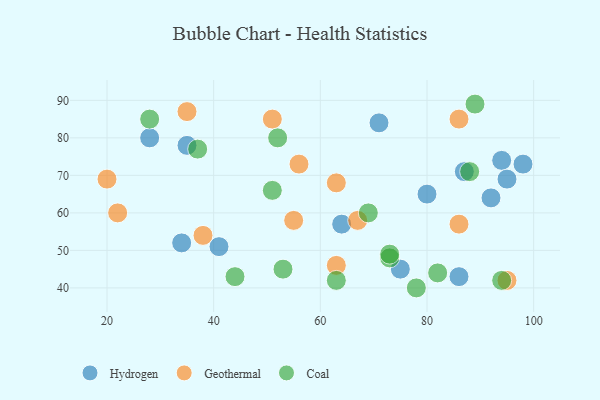
{"axis": {"x": "GDP", "y": "Life Expectancy"}, "legend": ["Coal", "Geothermal", "Hydrogen"], "data": [{"x": "71", "y": 84, "type": "Hydrogen"}, {"x": "98", "y": 73, "type": "Hydrogen"}, {"x": "64", "y": 57, "type": "Hydrogen"}, {"x": "86", "y": 43, "type": "Hydrogen"}, {"x": "94", "y": 74, "type": "Hydrogen"}, {"x": "75", "y": 45, "type": "Hydrogen"}, {"x": "35", "y": 78, "type": "Hydrogen"}, {"x": "34", "y": 52, "type": "Hydrogen"}, {"x": "87", "y": 71, "type": "Hydrogen"}, {"x": "95", "y": 69, "type": "Hydrogen"}, {"x": "28", "y": 80, "type": "Hydrogen"}, {"x": "41", "y": 51, "type": "Hydrogen"}, {"x": "92", "y": 64, "type": "Hydrogen"}, {"x": "80", "y": 65, "type": "Hydrogen"}, {"x": "22", "y": 60, "type": "Geothermal"}, {"x": "35", "y": 87, "type": "Geothermal"}, {"x": "63", "y": 46, "type": "Geothermal"}, {"x": "55", "y": 58, "type": "Geothermal"}, {"x": "63", "y": 68, "type": "Geothermal"}, {"x": "67", "y": 58, "type": "Geothermal"}, {"x": "86", "y": 57, "type": "Geothermal"}, {"x": "38", "y": 54, "type": "Geothermal"}, {"x": "56", "y": 73, "type": "Geothermal"}, {"x": "86", "y": 85, "type": "Geothermal"}, {"x": "51", "y": 85, "type": "Geothermal"}, {"x": "95", "y": 42, "type": "Geothermal"}, {"x": "20", "y": 69, "type": "Geothermal"}, {"x": "73", "y": 48, "type": "Coal"}, {"x": "94", "y": 42, "type": "Coal"}, {"x": "78", "y": 40, "type": "Coal"}, {"x": "73", "y": 49, "type": "Coal"}, {"x": "63", "y": 42, "type": "Coal"}, {"x": "82", "y": 44, "type": "Coal"}, {"x": "88", "y": 71, "type": "Coal"}, {"x": "28", "y": 85, "type": "Coal"}, {"x": "69", "y": 60, "type": "Coal"}, {"x": "53", "y": 45, "type": "Coal"}, {"x": "89", "y": 89, "type": "Coal"}, {"x": "44", "y": 43, "type": "Coal"}, {"x": "52", "y": 80, "type": "Coal"}, {"x": "51", "y": 66, "type": "Coal"}, {"x": "37", "y": 77, "type": "Coal"}]}